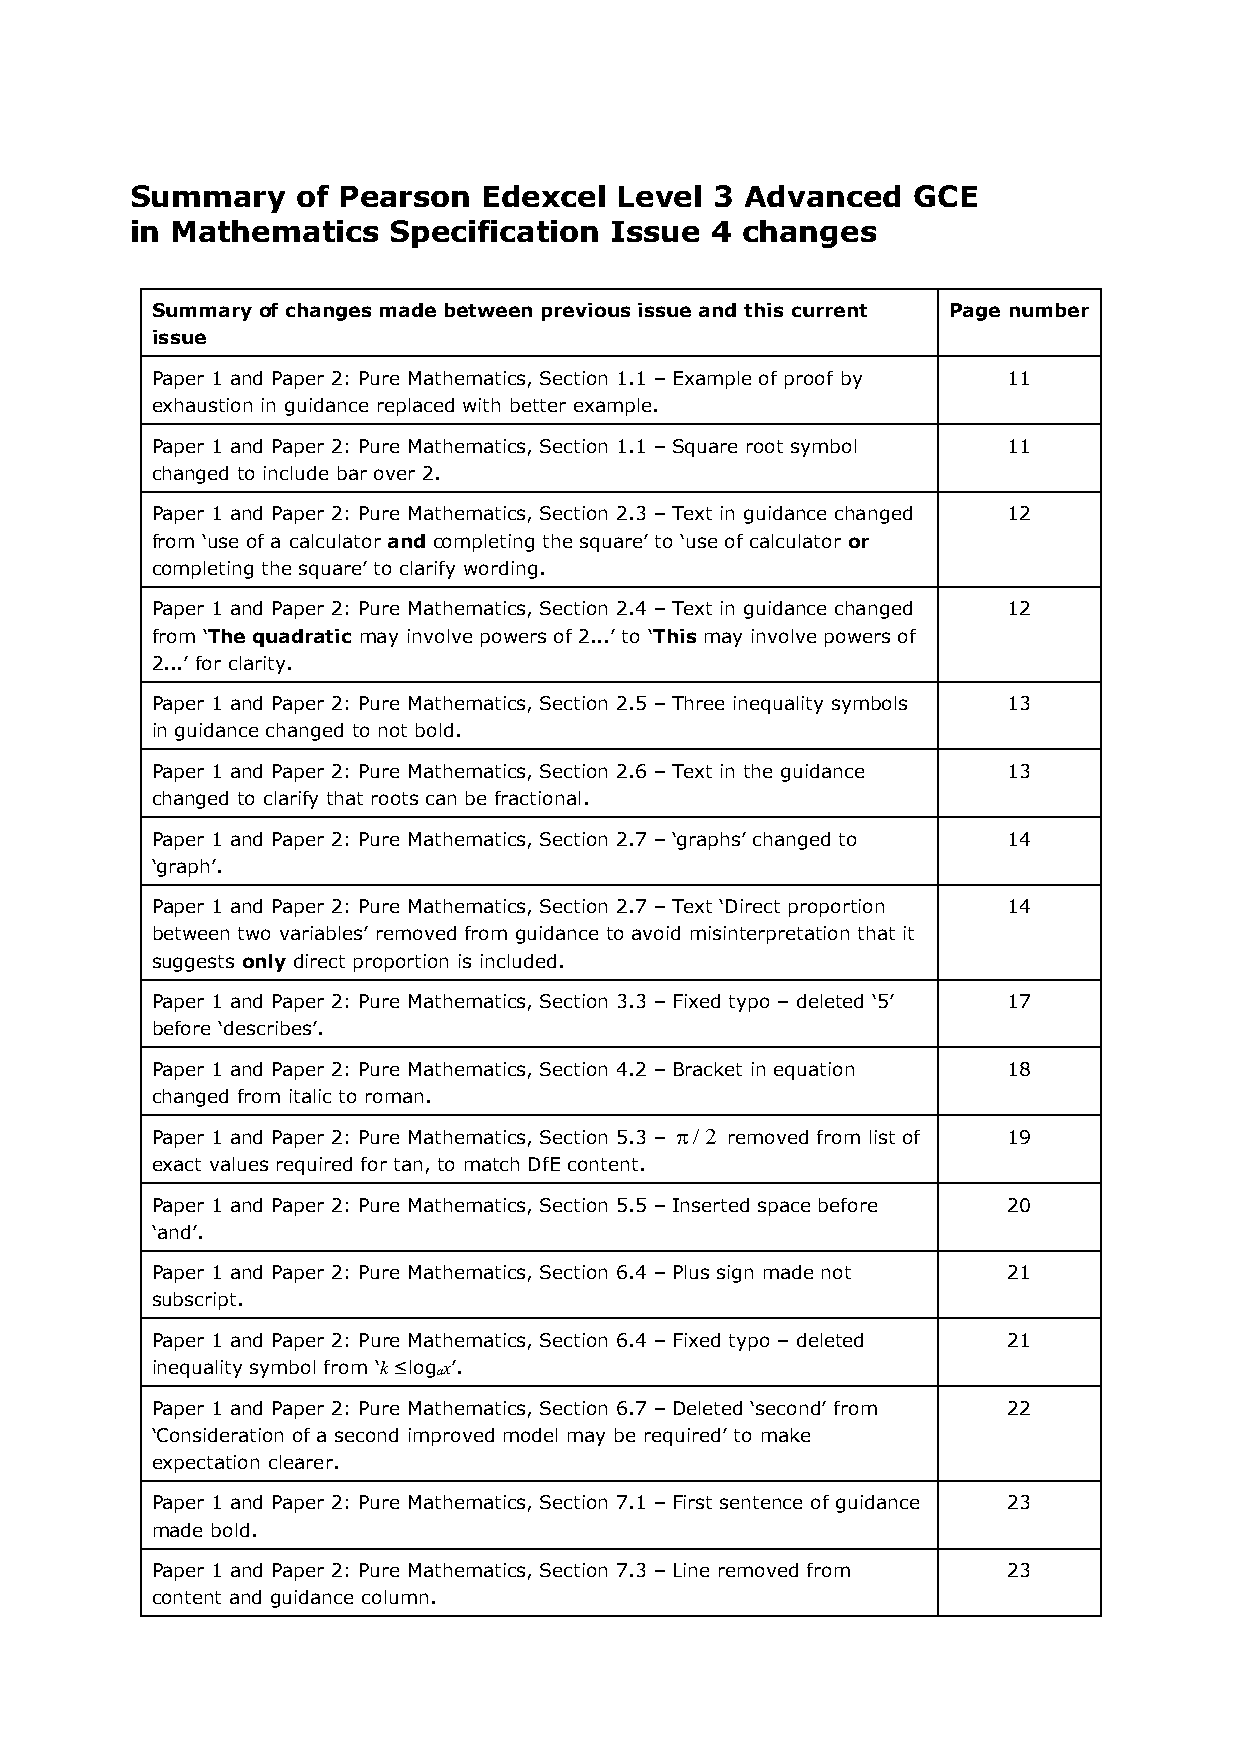
Summary    of Pearson  Edexcel  Level 3 Advanced   GCE
 in Mathematics   Specification Issue  4 changes
 Summary of changes made between previous issue and this current Page number
 issue
 Paper 1 and Paper 2: Pure Mathematics, Section 1.1 – Example of proof by 11
 exhaustion in guidance replaced with better example.
 Paper 1 and Paper 2: Pure Mathematics, Section 1.1 – Square root symbol 11
 changed to include bar over 2.
 Paper 1 and Paper 2: Pure Mathematics, Section 2.3 – Text in guidance changed 12
 from ‘use of a calculator and completing the square’ to ‘use of calculator or
 completing the square’ to clarify wording.
 Paper 1 and Paper 2: Pure Mathematics, Section 2.4 – Text in guidance changed 12
 from ‘The quadratic may involve powers of 2...’ to ‘This may involve powers of
 2...’ for clarity.
 Paper 1 and Paper 2: Pure Mathematics, Section 2.5 – Three inequality symbols 13
 in guidance changed to not bold.
 Paper 1 and Paper 2: Pure Mathematics, Section 2.6 – Text in the guidance 13
 changed to clarify that roots can be fractional.
 Paper 1 and Paper 2: Pure Mathematics, Section 2.7 – ‘graphs’ changed to 14
 ‘graph’.
 Paper 1 and Paper 2: Pure Mathematics, Section 2.7 – Text ‘Direct proportion 14
 between two variables’ removed from guidance to avoid misinterpretation that it
 suggests only direct proportion is included.
 Paper 1 and Paper 2: Pure Mathematics, Section 3.3 – Fixed typo – deleted ‘5’ 17
 before ‘describes’.
 Paper 1 and Paper 2: Pure Mathematics, Section 4.2 – Bracket in equation 18
 changed from italic to roman.
 Paper 1 and Paper 2: Pure Mathematics, Section 5.3 – π/2 removed from list of 19
 exact values required for tan, to match DfE content.
 Paper 1 and Paper 2: Pure Mathematics, Section 5.5 – Inserted space before 20
 ‘and’.
 Paper 1 and Paper 2: Pure Mathematics, Section 6.4 – Plus sign made not 21
 subscript.
 Paper 1 and Paper 2: Pure Mathematics, Section 6.4 – Fixed typo – deleted 21
 inequality symbol from ‘k ≤logax’.
 Paper 1 and Paper 2: Pure Mathematics, Section 6.7 – Deleted ‘second’ from 22
 ‘Consideration of a second improved model may be required’ to make
 expectation clearer.
 Paper 1 and Paper 2: Pure Mathematics, Section 7.1 – First sentence of guidance 23
 made bold.
 Paper 1 and Paper 2: Pure Mathematics, Section 7.3 – Line removed from 23
 content and guidance column.